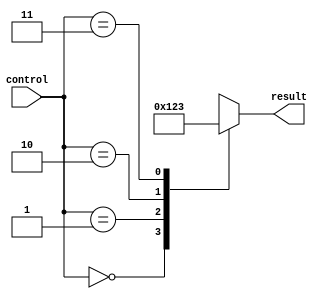
module full_case_example (
    input [1:0] control,
    output reg [3:0] result
);

always @(*)
begin
    case (control)
        2'b00: result = 4'b0000;
        2'b01: result = 4'b0001;
        2'b10: result = 4'b0010;
        2'b11: result = 4'b0011;
        default: result = 4'b1111;
    endcase
end

endmodule